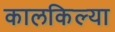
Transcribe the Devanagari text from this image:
कालकिल्या